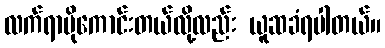
လက်ရာပိုကောင်းတယ်လို့လည်း ယူဆခံရပါတယ်။